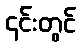
၎င်းတွင်